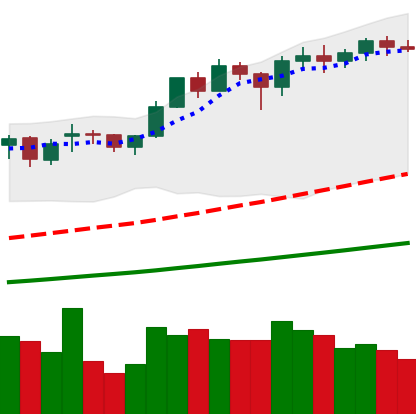
Ticker: ETH-USD
Chart end date: 2021-02-14
Forward return: 8.591%
Label: up_7plus